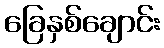
ခြေနှစ်ချောင်း